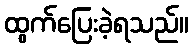
ထွက်ပြေးခဲ့ရသည်။